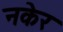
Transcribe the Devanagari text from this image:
नकेर